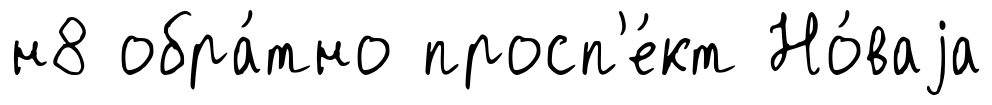
н8 обра́тно просп'е́кт Но́ваjа